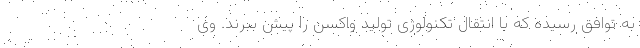
به توافق رسیده که با انتقال تکنولوژی تولید واکسن را پیش ببرند. وی